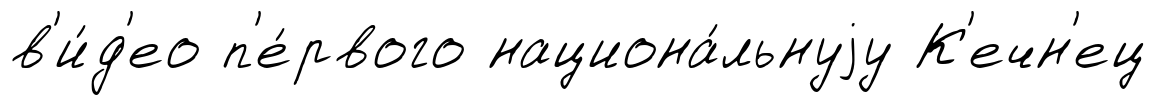
в'и́д'ео п'е́рвого национа́льнуjу К'ечн'ец